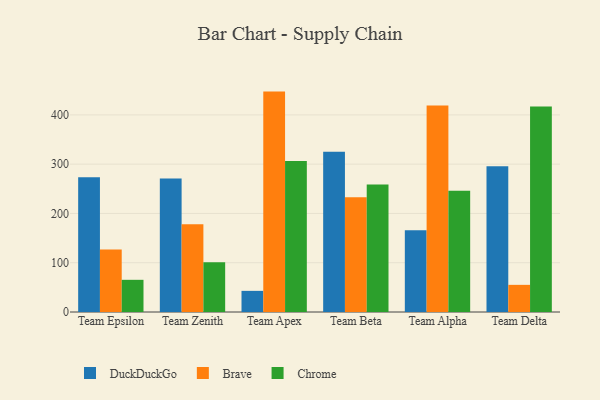
{"axis": {"x": "Team", "y": "Page Views"}, "legend": ["Brave", "Chrome", "DuckDuckGo"], "data": [{"x": "Team Epsilon", "y": 273.3, "type": "DuckDuckGo"}, {"x": "Team Epsilon", "y": 127.0, "type": "Brave"}, {"x": "Team Epsilon", "y": 65.3, "type": "Chrome"}, {"x": "Team Zenith", "y": 270.8, "type": "DuckDuckGo"}, {"x": "Team Zenith", "y": 177.9, "type": "Brave"}, {"x": "Team Zenith", "y": 100.9, "type": "Chrome"}, {"x": "Team Apex", "y": 42.9, "type": "DuckDuckGo"}, {"x": "Team Apex", "y": 447.3, "type": "Brave"}, {"x": "Team Apex", "y": 306.6, "type": "Chrome"}, {"x": "Team Beta", "y": 325.4, "type": "DuckDuckGo"}, {"x": "Team Beta", "y": 232.8, "type": "Brave"}, {"x": "Team Beta", "y": 258.6, "type": "Chrome"}, {"x": "Team Alpha", "y": 166.1, "type": "DuckDuckGo"}, {"x": "Team Alpha", "y": 419.2, "type": "Brave"}, {"x": "Team Alpha", "y": 245.9, "type": "Chrome"}, {"x": "Team Delta", "y": 295.6, "type": "DuckDuckGo"}, {"x": "Team Delta", "y": 55.1, "type": "Brave"}, {"x": "Team Delta", "y": 417.2, "type": "Chrome"}]}